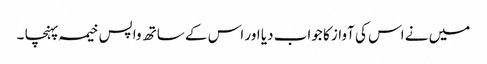
میں نے اس کی آواز کا جواب دیا اور اس کے ساتھ واپس خیمہ پہنچا ۔